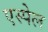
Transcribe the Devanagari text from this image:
एस्पेल